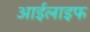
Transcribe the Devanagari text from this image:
आईलाइफ